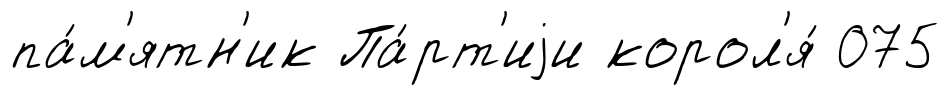
па́м'ятн'ик Па́рт'иjи корол'я́ 075